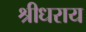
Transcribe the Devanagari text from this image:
श्रीधराय